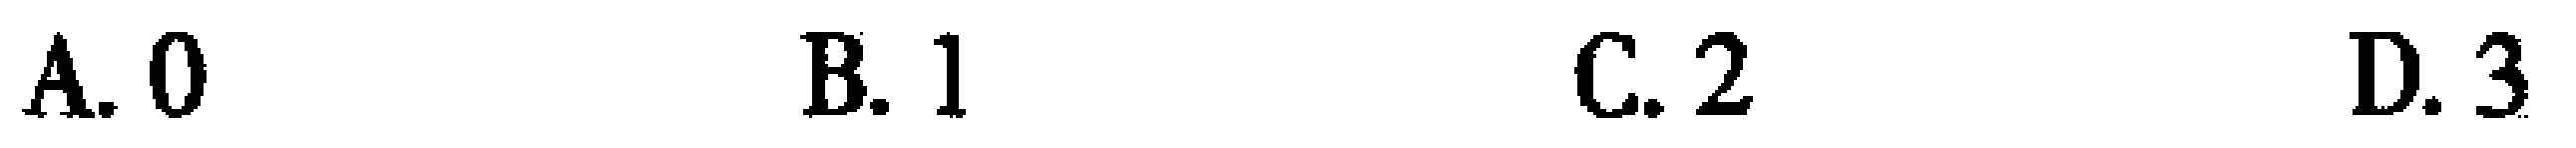
A. 0 \quad B. 1 \quad C. 2 \quad D. 3